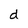
Character: d